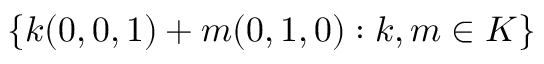
\{ k ( 0 , 0 , 1 ) + m ( 0 , 1 , 0 ) : k , m \in K \}